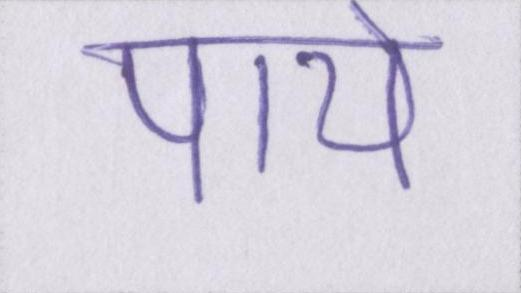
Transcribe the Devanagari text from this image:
पाये